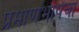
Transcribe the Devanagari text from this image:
प्रमाणभाषेचा